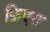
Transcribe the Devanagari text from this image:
फ़िएरा